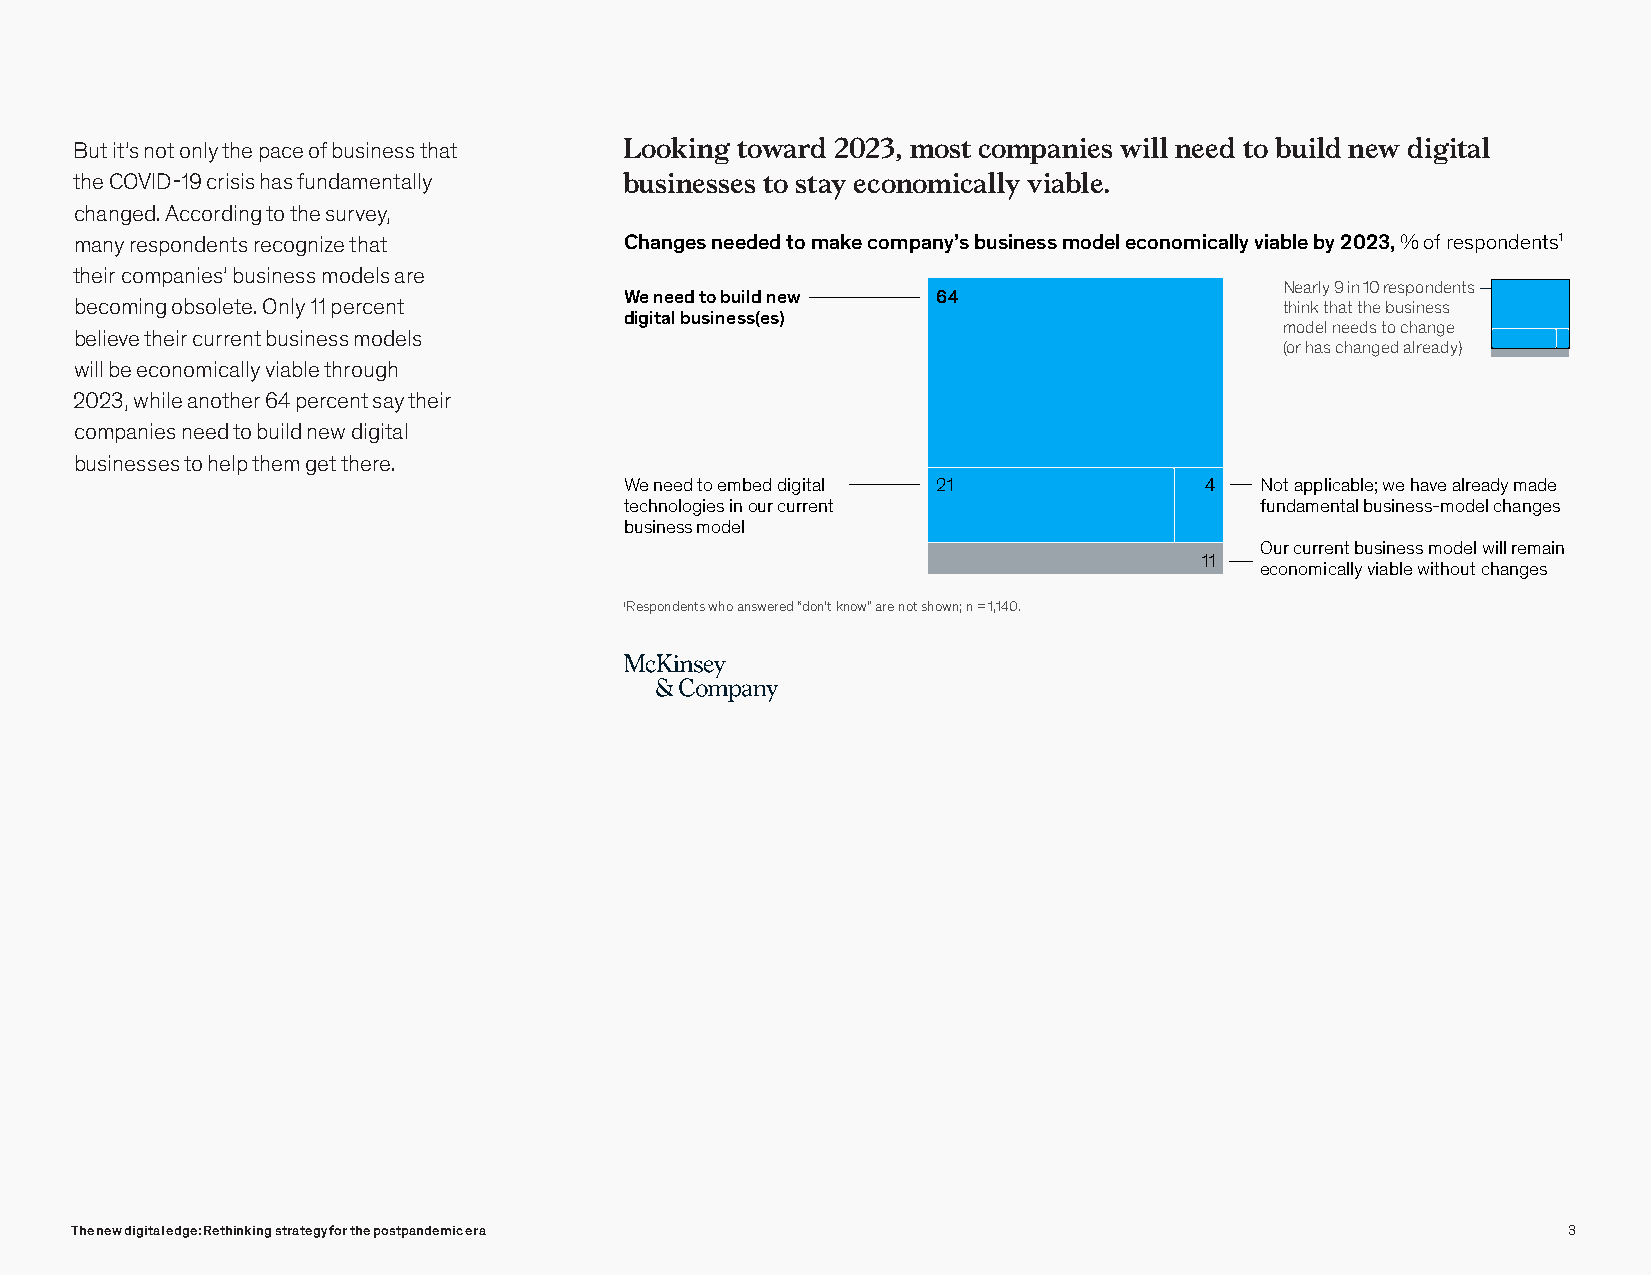
Web 2021
 Survey-DigitalStrategy
 Exhibit 2 of 13
 But it’s not only the pace of business that LLooookkiningg t otowwaradr d2 022032,3 m, mosots cto cmompapnaiensi ewsi lwl nilele nde teod b tuoi lbdu nieldw ndeigwit dali gbiutsailn esses
 the COVID-19 crisis has fundamentally btou sstinaye sesceosn toom sitcaayl ley cvoianbolem.ically viable.
 changed. According to the survey,
 many respondents recognize that     Changes needed to make company’s business model economically viable by 2023, % of respondents1
 their companies’ business models are
 Nearly 9 in 10 respondents
 We need to build new 64
 becoming obsolete. Only 11 percent                                              think that the business
 digital business(es)
 model needs to change
 believe their current business models
 (or has changed already)
 will be economically viable through
 2023, while another 64 percent say their
 companies need to build new digital
 businesses to help them get there.
 We need to embed digital 21            4  Not applicable; we have already made
 technologies in our current               fundamental business-model changes
 business model
 Our current business model will remain
 11
 economically viable without changes
 1Respondents who answered “don’t know” are not shown; n = 1,140.
 The new digital edge: Rethinking strategy for the postpandemic era                                 3